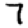
Digit: 7